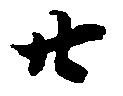
廿